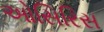
ઓસિરિસ